65_HS1-834228961_62-HQ-83894_SUB_A
Agency: FBI
Page 110
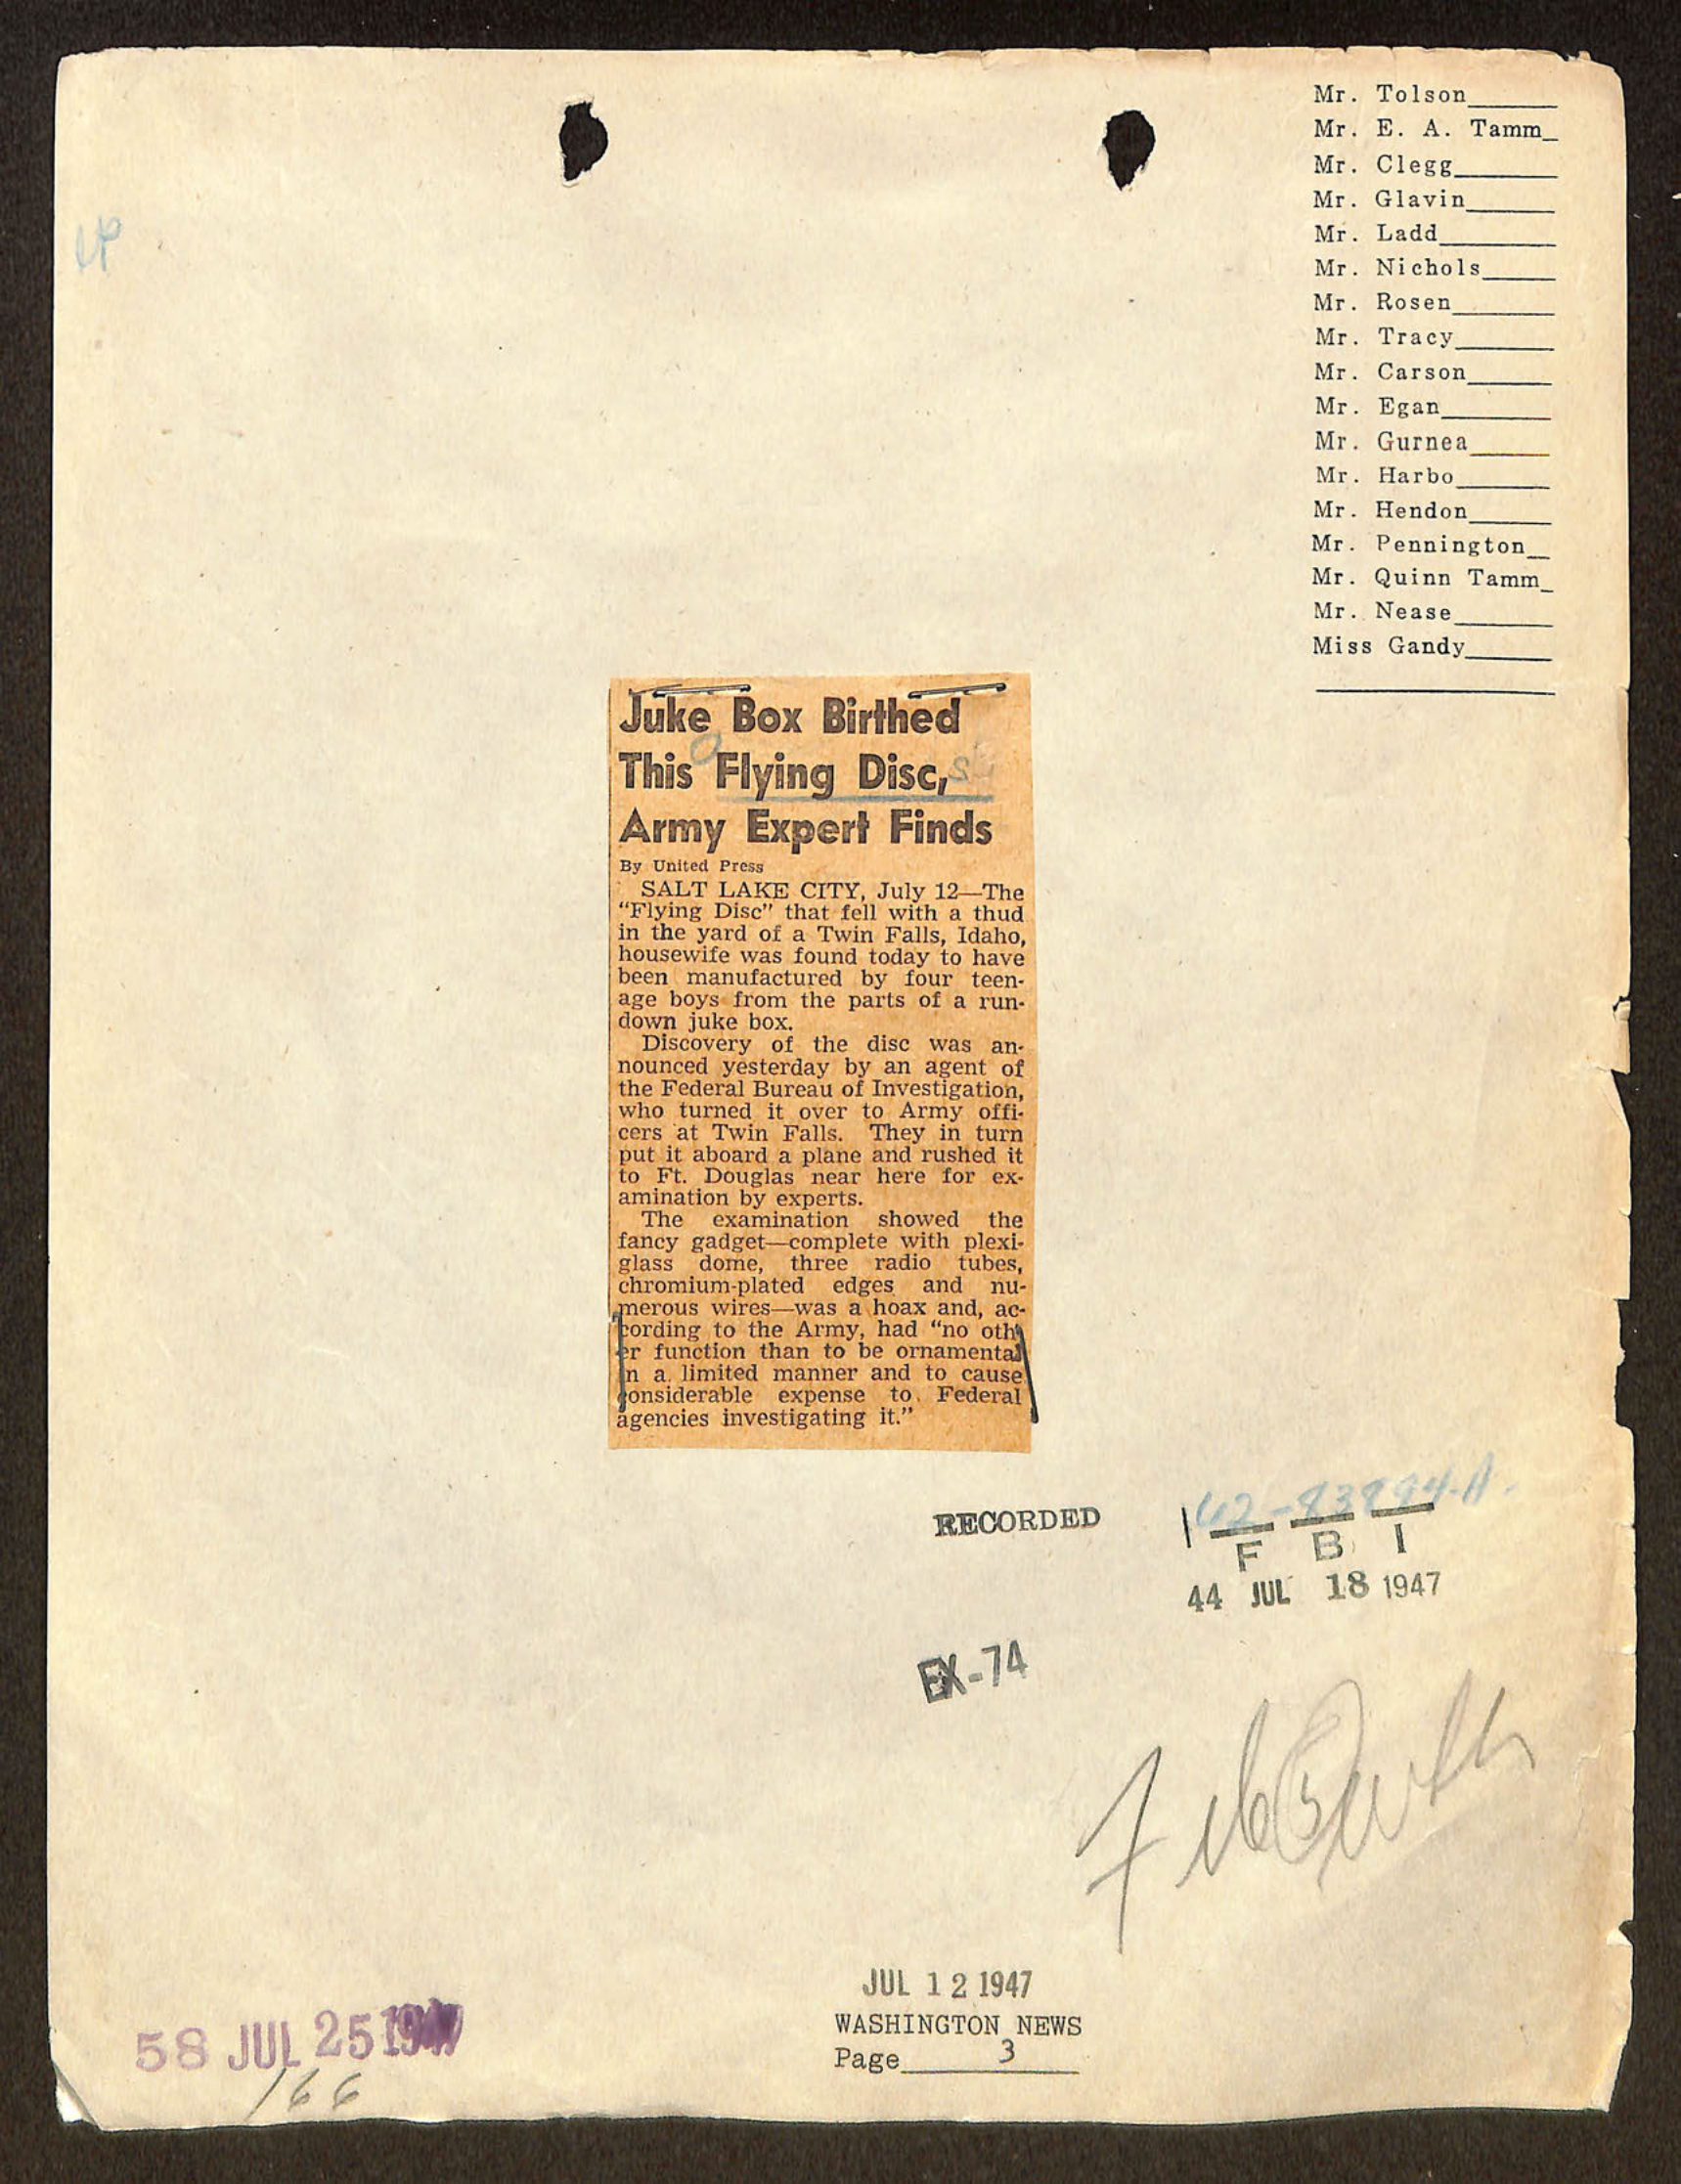